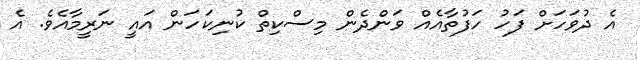
އެ ދުވަހަށް ފަހު ހަފުތާއެއް ވަންދެން މިސްކިތް ކުނިކަހަން އައީ ނަރީމާއެވެ. އެ